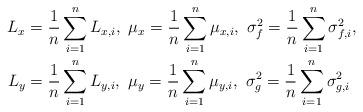
LaTeX: \begin{align*} L_{x} &= \frac{1}{n}\sum_{i=1}^n L_{x, i},~ \mu_{x} = \frac{1}{n}\sum_{i=1}^n \mu_{x, i},~ \sigma_f^2 = \frac{1}{n}\sum_{i=1}^n \sigma_{f, i}^2, \\ L_{y} &= \frac{1}{n}\sum_{i=1}^n L_{y, i},~ \mu_{y} = \frac{1}{n}\sum_{i=1}^n \mu_{y, i},~ \sigma_g^2 = \frac{1}{n}\sum_{i=1}^n \sigma_{g, i}^2 \end{align*}